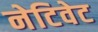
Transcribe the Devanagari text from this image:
नेटिवेट